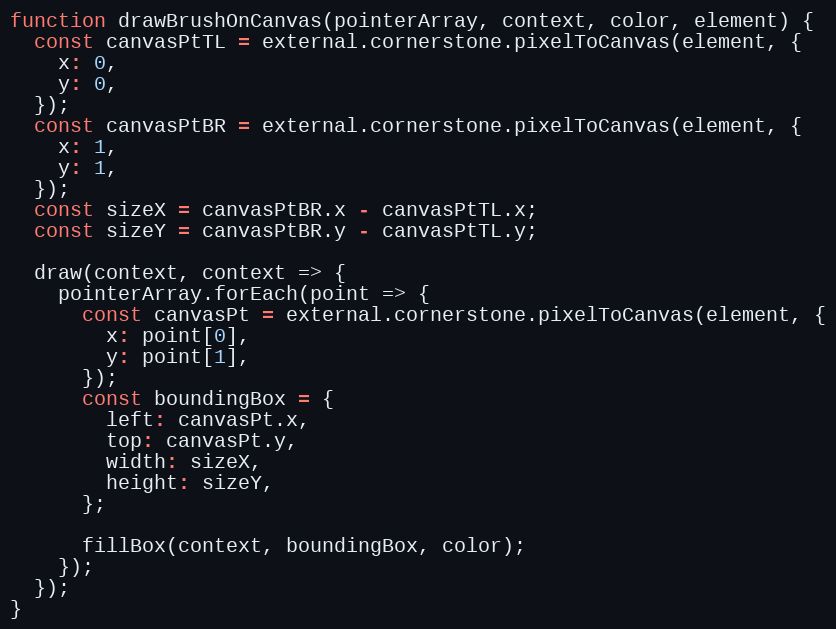
Language: JavaScript
function drawBrushOnCanvas(pointerArray, context, color, element) {
  const canvasPtTL = external.cornerstone.pixelToCanvas(element, {
    x: 0,
    y: 0,
  });
  const canvasPtBR = external.cornerstone.pixelToCanvas(element, {
    x: 1,
    y: 1,
  });
  const sizeX = canvasPtBR.x - canvasPtTL.x;
  const sizeY = canvasPtBR.y - canvasPtTL.y;

  draw(context, context => {
    pointerArray.forEach(point => {
      const canvasPt = external.cornerstone.pixelToCanvas(element, {
        x: point[0],
        y: point[1],
      });
      const boundingBox = {
        left: canvasPt.x,
        top: canvasPt.y,
        width: sizeX,
        height: sizeY,
      };

      fillBox(context, boundingBox, color);
    });
  });
}